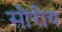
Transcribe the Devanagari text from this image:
सौरीय